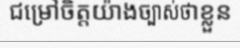
ជម្រៅចិត្តយ៉ាងច្បាស់ថាខ្លួន